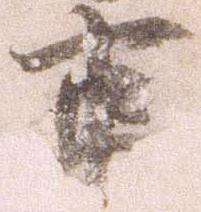
事